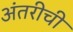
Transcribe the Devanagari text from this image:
अंतरीची